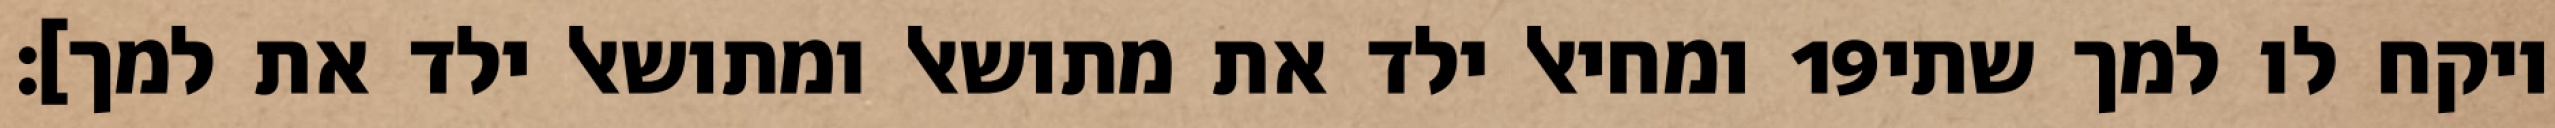
ומחיאל ילד את מתושאל ומתושאל ילד את למך]׃ ‎19‏ ויקח לו למך שתי